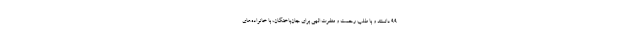
۹۹ دانستند و با طلب رحمت و مغفرت الهی برای جان‌باختگان، با خانواده‌های